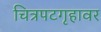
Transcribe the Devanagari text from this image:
चित्रपटगृहावर